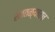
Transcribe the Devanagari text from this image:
शेततळ्यातच